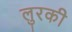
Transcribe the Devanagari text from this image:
लुरकी